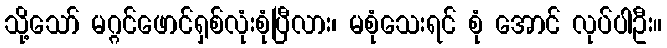
သို့သော် မဂ္ဂင်ဖောင်ရှစ်လုံးစုံပြီလား၊ မစုံသေးရင် စုံ အောင် လုပ်ပါဦး။